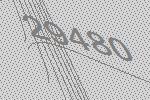
29480